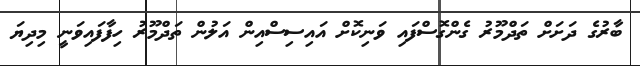
ބާރުގެ ދަށަށް ތަދްމޫރު ގެންގޮސްފައި ވަނިކޮށް އައިސިސްއިން އަލުން ތަދްމޫރު ހިފާފައިވަނީ މިދިޔަ